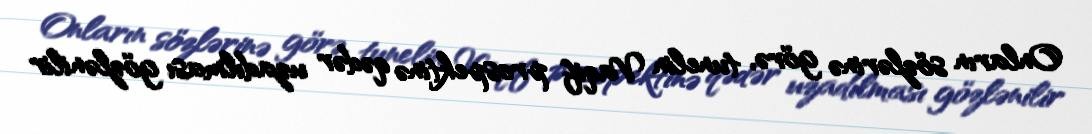
Onların sözlərinə görə, tunelin Vaqif prospektinə qədər uzadılması gözlənilir